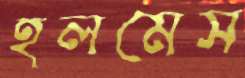
হলমেস